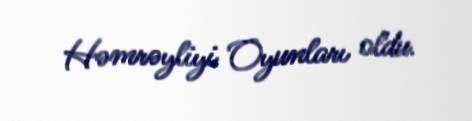
Həmrəyliyi Oyunları oldu.